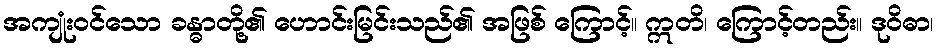
အကျုံးဝင်သော ခန္ဓာတို့၏ ဟောင်းမြင်းသည်၏ အဖြစ် ကြောင့်။ ဣတိ၊ ကြောင့်တည်း။ ဒုဝိဓာ၊